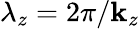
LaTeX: \lambda_{z}={2\pi}/{\mathbf{k}_{z}}